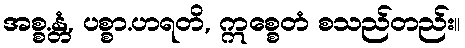
အစ္စ.န္တံ, ပစ္စာ.ဟရတိ, ဣစ္စေတံ စသည်တည်း။